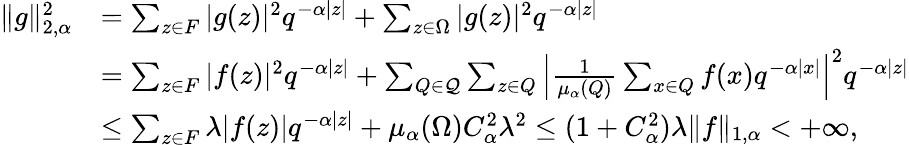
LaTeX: \begin{array}{rl}{\| g\| _{2,{\alpha}}^{2}}&{=\sum_{z\in F}|g(z)|^{2}q^{-\alpha|z|}+\sum_{z\in\Omega}|g(z)|^{2}q^{-\alpha|z|}}\\ &{=\sum_{z\in F}|f(z)|^{2}q^{-\alpha|z|}+\sum_{Q\in\mathcal{Q}}\sum_{z\in Q}\left|\frac 1{\mu_{\alpha}(Q)}\sum_{x\in Q}f(x)q^{-\alpha|x|}\right|^{2}q^{-\alpha|z|}}\\ &{\leq\sum_{z\in F}\lambda|f(z)|q^{-\alpha|z|}+\mu_{\alpha}(\Omega)C_{\alpha}^{2}\lambda^{2}\leq(1+C_{\alpha}^{2})\lambda\| f\| _{1,\alpha}<+\infty,}\end{array}